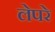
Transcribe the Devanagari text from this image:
लेपरे